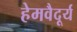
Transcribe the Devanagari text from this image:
हेमवैदूर्य